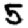
Digit: 5